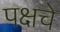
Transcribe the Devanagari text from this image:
पक्षचे